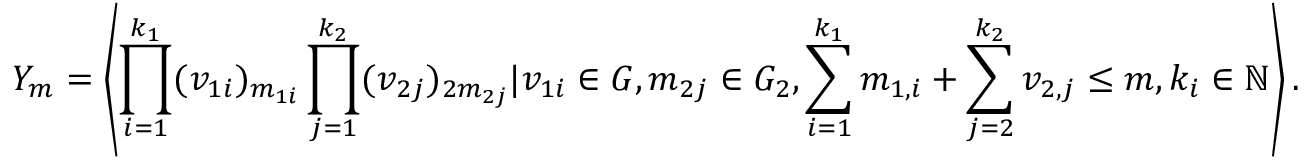
Y _ { m } = \left\langle \prod _ { i = 1 } ^ { k _ { 1 } } ( v _ { 1 i } ) _ { m _ { 1 i } } \prod _ { j = 1 } ^ { k _ { 2 } } ( v _ { 2 j } ) _ { 2 m _ { 2 j } } | v _ { 1 i } \in G , m _ { 2 j } \in G _ { 2 } , \sum _ { i = 1 } ^ { k _ { 1 } } m _ { 1 , i } + \sum _ { j = 2 } ^ { k _ { 2 } } v _ { 2 , j } \le m , k _ { i } \in \mathbb { N } \right\rangle .